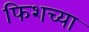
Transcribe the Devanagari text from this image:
फिशच्या